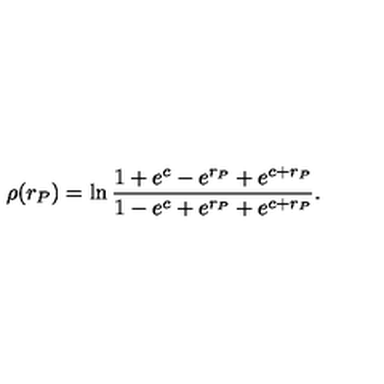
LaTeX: \rho ( r _ { P } ) = \ln \frac { 1 + e ^ { c } - e ^ { r _ { P } } + e ^ { c + r _ { P } } } { 1 - e ^ { c } + e ^ { r _ { P } } + e ^ { c + r _ { P } } } .